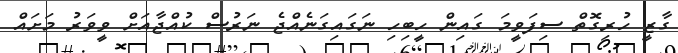
ގާޒީ ހުރިގޮތް ސިފަވީމަ ގައިން ހީބިހި ނަގައިގަނެއްޖެ ނަރުސް ކުއްޖާއަށް ވީވަރު މަށައް